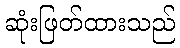
ဆုံးဖြတ်ထားသည်